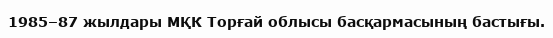
1985–87 жылдары МҚК Торғай облысы басқармасының бастығы.